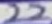
Text: 22